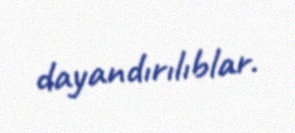
dayandırılıblar.